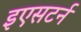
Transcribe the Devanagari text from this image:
इएसटर्न